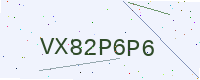
Text: VX82P6P6